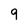
Character: 9